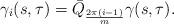
LaTeX: \begin{align*}\gamma_i(s,\tau) = \bar{Q}_{\frac{2\pi(i-1)}{m}}\gamma(s,\tau).\end{align*}